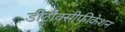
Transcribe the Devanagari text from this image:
डीटौक्सीफीकेशन